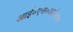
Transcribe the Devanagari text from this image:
आई॰एस॰आई॰एल